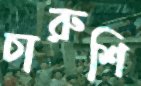
চারুশি